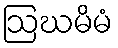
ဩဃမိမံ